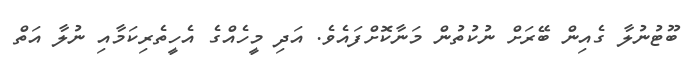
ބޫޓުނުލާ ގެއިން ބޭރަށް ނުކުތުން މަނާކޮށްފައެވެ. އަދި މީހެއްގެ އެހީތެރިކަމާއި ނުލާ އަތް